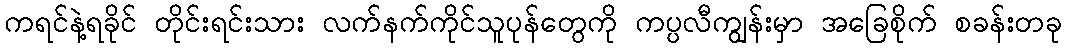
ကရင်နဲ့ရခိုင် တိုင်းရင်းသား လက်နက်ကိုင်သူပုန်တွေကို ကပ္ပလီကျွန်းမှာ အခြေစိုက် စခန်းတခု